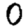
Digit: 0